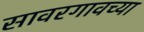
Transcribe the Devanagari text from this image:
सावरगावच्या